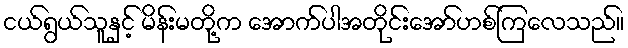
ငယ်ရွယ်သူနှင့် မိန်းမတို့က အောက်ပါအတိုင်းအော်ဟစ်ကြလေသည်။